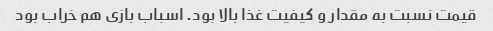
قیمت نسبت به مقدار و کیفیت غذا بالا بود. اسباب بازی هم خراب بود